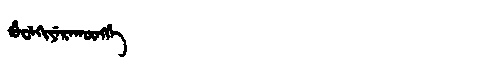
Manchu: ᡥᡠᠸᡝᡴᡳᠶᡝᡵᠠᡴᡡᠩᡤᡝ
Romanization: HUWEKIYERAKŪNGGE